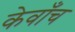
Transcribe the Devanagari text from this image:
केवाँच